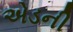
એડની